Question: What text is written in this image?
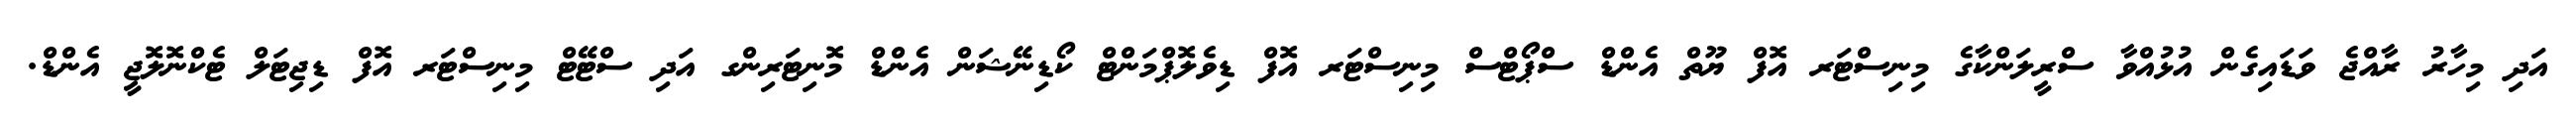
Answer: އަދި މިހާރު ރާއްޖެ ވަޑައިގެން އުޅުއްވާ ސްރީލަންކާގެ މިނިސްޓަރ އޮފް ޔޫތް އެންޑް ސްޕޯޓްސް މިނިސްޓަރ އޮފް ޑިވެލޮޕްމަންޓް ކޯޑިނޭޝަން އެންޑް މޮނިޓަރިންގ އަދި ސްޓޭޓް މިނިސްޓަރ އޮފް ޑިޖިޓަލް ޓެކްނޮލޮޖީ އެންޑް.